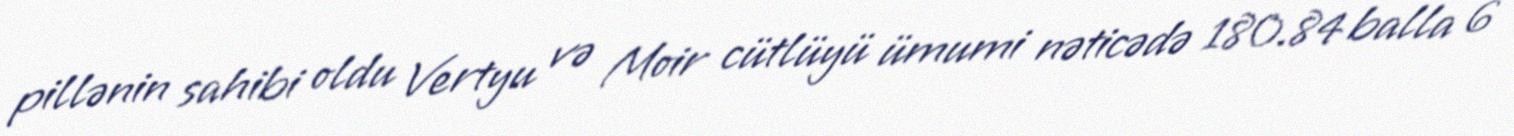
pillənin sahibi oldu Vertyu və Moir cütlüyü ümumi nəticədə 180.84 balla 6